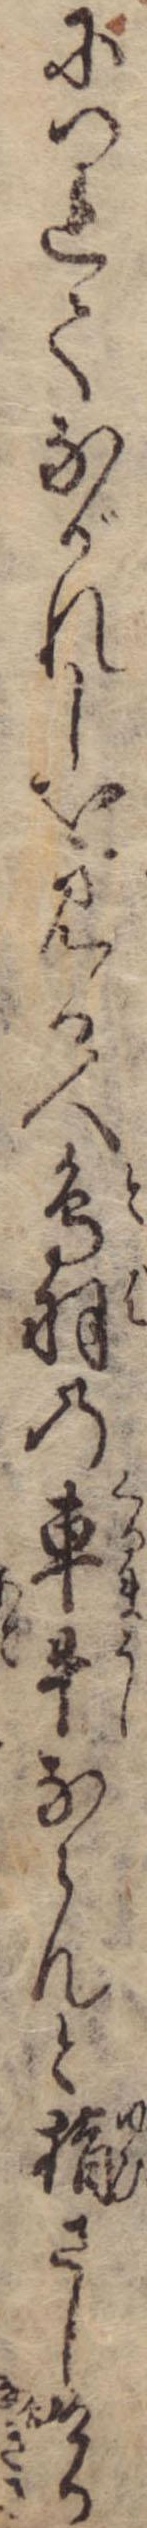
につれてながれしを見る人鳥羽の車牛ならんと指さしける